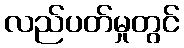
လည်ပတ်မှုတွင်